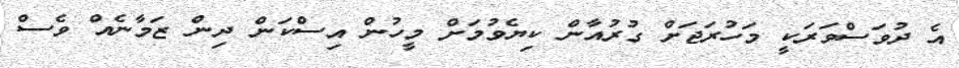
އެ ދުވަސްވަރަކީ މަހުރަޖަށް ގުރުއާން ކިޔެވުމަށް މީހުން އިސްކަން ދިން ޒަމާނެއް ވެސް